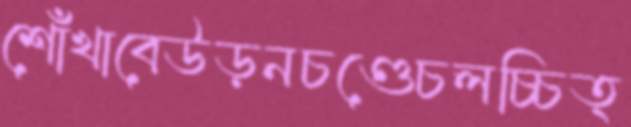
শোঁখাবেউড়নচণ্ডেচলচ্চিত্